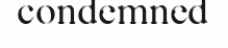
condemned